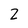
Character: 2